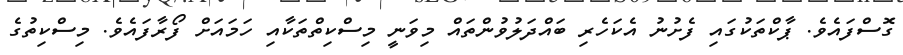
ގޮސްފައެވެ. ޕާކްތަކުގައި ފެށުނު އެކަހެރި ބައްދަލުވުންތައް މިވަނީ މިސްކިތްތަކާއި ހަމައަށް ފޯރާފައެވެ. މިސްކިތުގެ